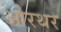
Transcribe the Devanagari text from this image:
ओरथर